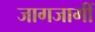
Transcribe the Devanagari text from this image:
जागजागीं